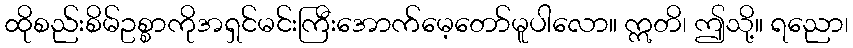
ထိုစည်းစိမ်ဥစ္စာကိုအရှင်မင်းကြီးအောက်မေ့တော်မူပါလော။ ဣတိ၊ ဤသို့။ ရညော၊